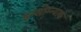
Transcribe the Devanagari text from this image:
इन्सोम्न्याक